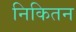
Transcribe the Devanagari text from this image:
निकितन